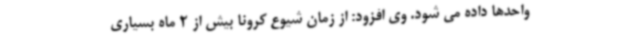
واحدها داده می شود. وی افزود: از زمان شیوع کرونا بیش از 2 ماه بسیاری